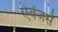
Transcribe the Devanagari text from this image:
ऐवेंजर्स